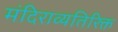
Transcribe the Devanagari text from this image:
मंदिराव्यतिरिक्त